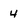
Character: 4